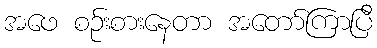
အဖေ စဉ်းစားနေတာ အတော်ကြာပြီ